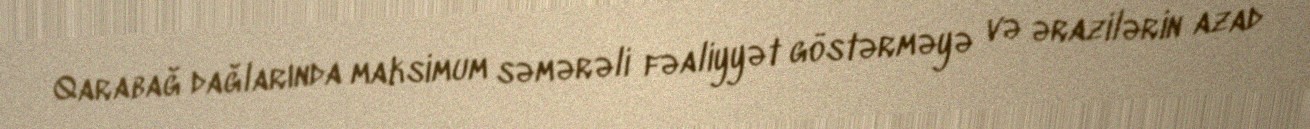
Qarabağ dağlarında maksimum səmərəli fəaliyyət göstərməyə və ərazilərin azad